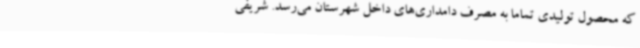
که محصول تولیدی تماما به مصرف دامداری‌های داخل شهرستان می‌رسد. شریفی